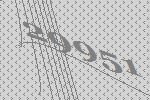
29951